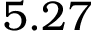
5 . 2 7